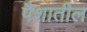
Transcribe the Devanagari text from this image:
पैशातील